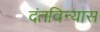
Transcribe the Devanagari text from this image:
दंतविन्यास